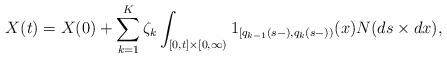
LaTeX: \begin{align*}X(t) &= X(0) + \sum_{k=1}^K \zeta_k \int_{[0,t]\times [0,\infty)}1_{[q_{k-1}(s-),q_k(s-))}(x) N(ds\times dx),\end{align*}